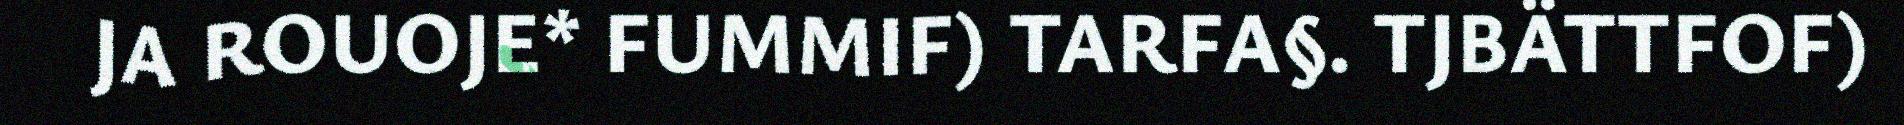
JA ROUOJE* FUMMIF) TARFA§. TJBÄTTFOF)